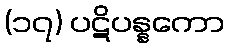
(၁၇) ပဋိပန္နကော